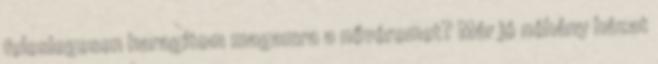
feleslegesen haragítom magamra a nővéremet? Már jó néhány házat